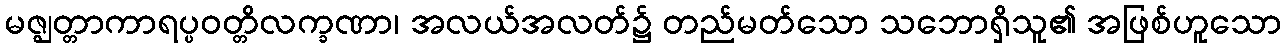
မဇ္ဈတ္တာကာရပ္ပဝတ္တိလက္ခဏာ၊ အလယ်အလတ်၌ တည်မတ်သော သဘောရှိသူ၏ အဖြစ်ဟူသော